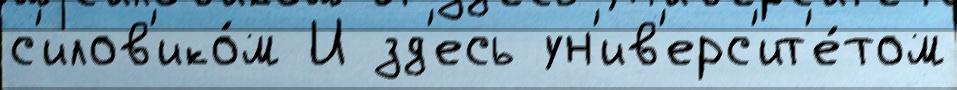
с'илов'ико́м И зд'есь ун'ив'ерс'ит'е́том